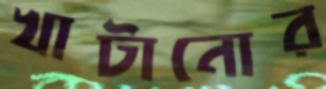
খাটানোর